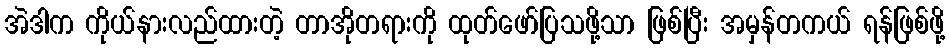
အဲဒါက ကိုယ်နားလည်ထားတဲ့ တာအိုတရားကို ထုတ်ဖော်ပြသဖို့သာ ဖြစ်ပြီး အမှန်တကယ် ရန်ဖြစ်ဖို့